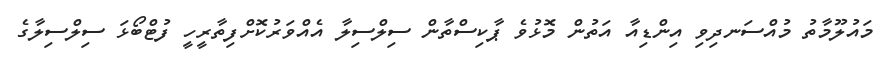
މައުލޫމާތު މުއްސަނދިވި އިންޑިއާ އަތުން މޮޅުވެ ޕާކިސްތާން ސިލްސިލާ އެއްވަރުކޮށްފިތާރީހީ ފުޓްބޯޅަ ސިލްސިލާގެ